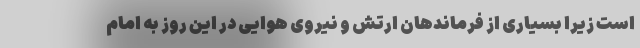
است زیرا بسیاری از فرماندهان ارتش و نیروی هوایی در این روز به امام